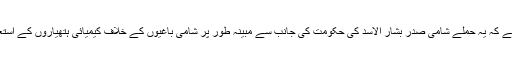
امریکی صدر ڈونلڈ ٹرمپ کا کہنا ہے کہ یہ حملے شامی صدر بشار الاسد کی حکومت کی جانب سے مبینہ طور پر شامی باغیوں کے خلاف کیمیائی ہتھیاروں کے استعمال کے جواب میں کیے گئے ہیں۔